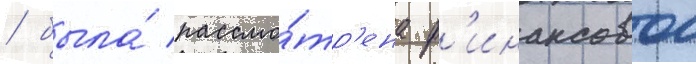
/ была́ рассмо́тр'ена ф'инансовои